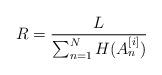
LaTeX: \begin{align*}R=\frac{L}{\sum_{n=1}^N H(A_n^{[i]})}\end{align*}